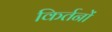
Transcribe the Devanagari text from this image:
किर्तनों